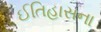
ઈતિહાસના